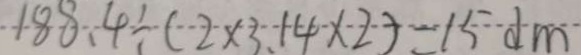
1 8 8 . 4 \div ( 2 \times 3 . 1 4 \times 2 ) = 1 5 d m